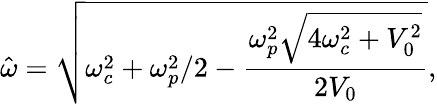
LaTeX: \hat{\omega}=\sqrt{\omega_{c}^{2}+\omega_{p}^{2}/2-\frac{\omega_{p}^{2}\sqrt{4\omega_{c}^{2}+V_{0}^{2}}}{2V_{0}}},